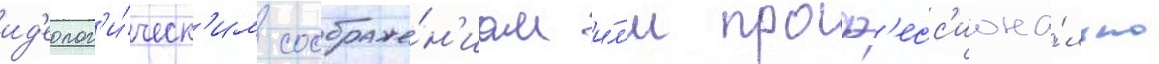
ид'еолог'и́ческ'им соображе́н'иам и́л'и проф'есс'иона́льно